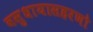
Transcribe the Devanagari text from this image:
वसुधायासहरणो